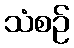
သံစဉ်